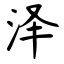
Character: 泽